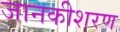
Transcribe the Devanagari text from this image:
जानकीशरण